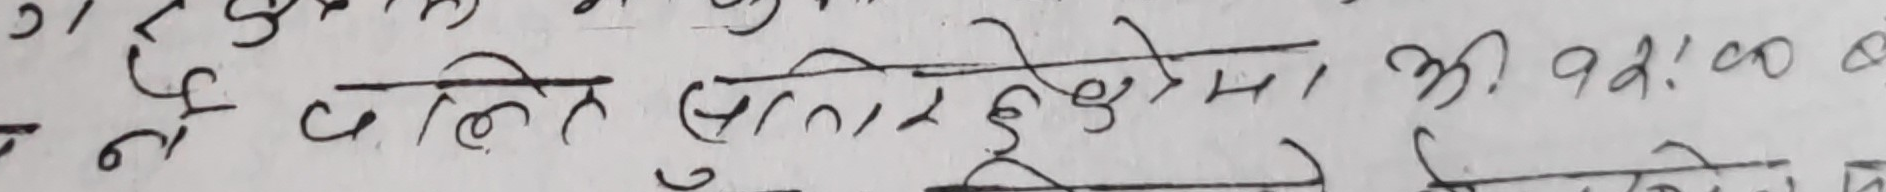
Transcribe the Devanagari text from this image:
ने ललित पुलिस चौकीमा श्री ११:०० बजे